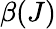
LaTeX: \beta(J)